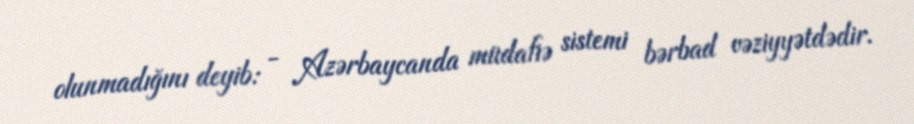
olunmadığını deyib: - Azərbaycanda müdafiə sistemi bərbad vəziyyətdədir.